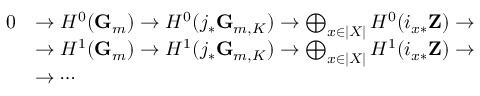
{ \begin{array} { r l } { 0 } & { \to H ^ { 0 } ( \mathbf { G } _ { m } ) \to H ^ { 0 } ( j _ { * } \mathbf { G } _ { m , K } ) \to \bigoplus _ { x \in | X | } H ^ { 0 } ( i _ { x * } \mathbf { Z } ) \to } \\ & { \to H ^ { 1 } ( \mathbf { G } _ { m } ) \to H ^ { 1 } ( j _ { * } \mathbf { G } _ { m , K } ) \to \bigoplus _ { x \in | X | } H ^ { 1 } ( i _ { x * } \mathbf { Z } ) \to } \\ & { \to \cdots } \end{array} }